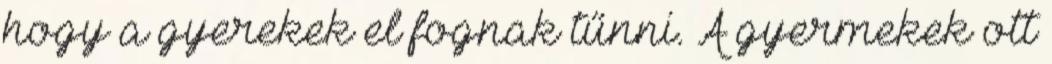
hogy a gyerekek el fognak tűnni. A gyermekek ott